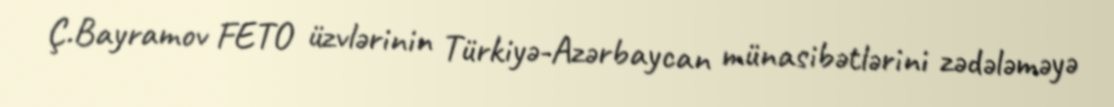
Ç.Bayramov FETO üzvlərinin Türkiyə-Azərbaycan münasibətlərini zədələməyə